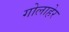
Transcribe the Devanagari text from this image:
गोलाहेर